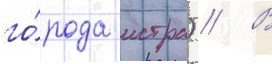
го́рода истра) // В